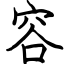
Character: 容